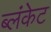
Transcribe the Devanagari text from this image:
ब्लंकेट